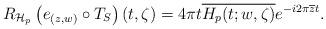
LaTeX: \begin{align*}R_{\mathcal{H}_p}\left(e_{(z,w)}\circ T_S\right)(t,\zeta) = 4\pi t\overline{H_p(t;w,\zeta)}e^{-i2\pi \overline{z}t}.\end{align*}